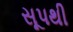
સૂપથી